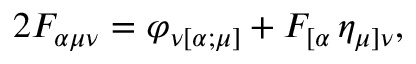
2 F _ { \alpha \mu \nu } = \varphi _ { \nu [ \alpha ; \mu ] } + F _ { [ \alpha } \, \eta _ { \mu ] \nu } ,